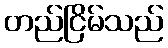
တည်ငြိမ်သည်